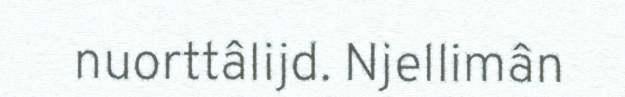
nuorttâlijd. Njellimân